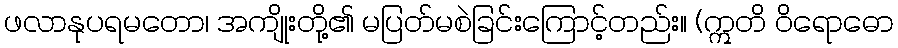
ဖလာနုပရမတော၊ အကျိုးတို့၏ မပြတ်မစဲခြင်းကြောင့်တည်း။ (ဣတိ ဝိရောဓော